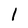
Character: 1